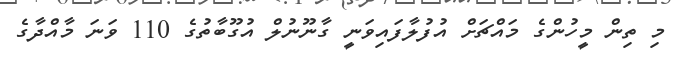
މި ތިން މީހުންގެ މައްޗަށް އުފުލާފައިވަނީ ގާނޫނުލް އުގޫބާތުގެ 110 ވަނަ މާއްދާގެ